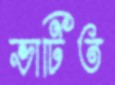
ভাটিত